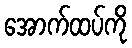
အောက်ထပ်ကို